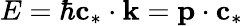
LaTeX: E=\hbar\textbf{c}_{*}\cdot\textbf{k}=\textbf{p}\cdot\textbf{c}_{*}